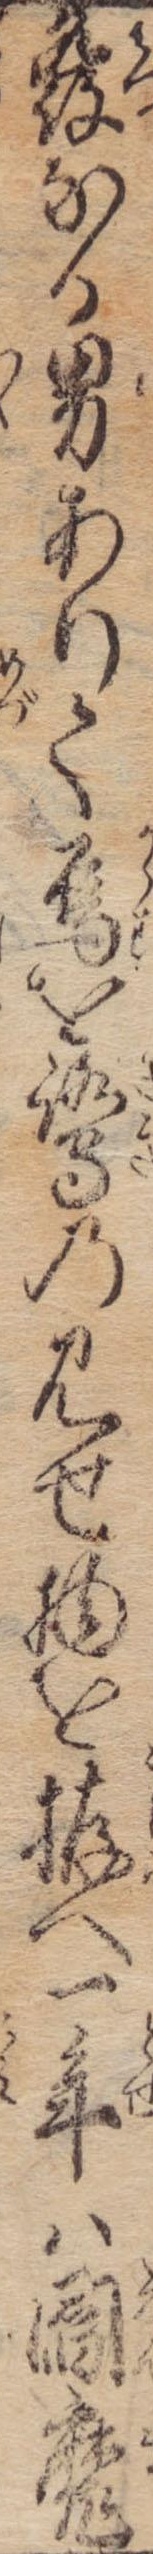
発なる男ありて烏を鷺の見せ物を拵へ一年は閻魔